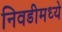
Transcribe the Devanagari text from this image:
निवडीमध्ये